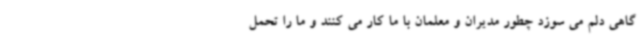
گاهی دلم می سوزد چطور مدیران و معلمان با ما کار می کنند و ما را تحمل